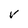
Character: V